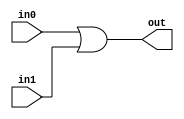
module TC_Or(in0, in1, out);
    parameter UUID = 0;
    parameter NAME = "";
    parameter BIT_WIDTH = 1;
    input [BIT_WIDTH-1:0] in0;
    input [BIT_WIDTH-1:0] in1;
    output [BIT_WIDTH-1:0] out;
    
    assign out = in0 | in1;
endmodule